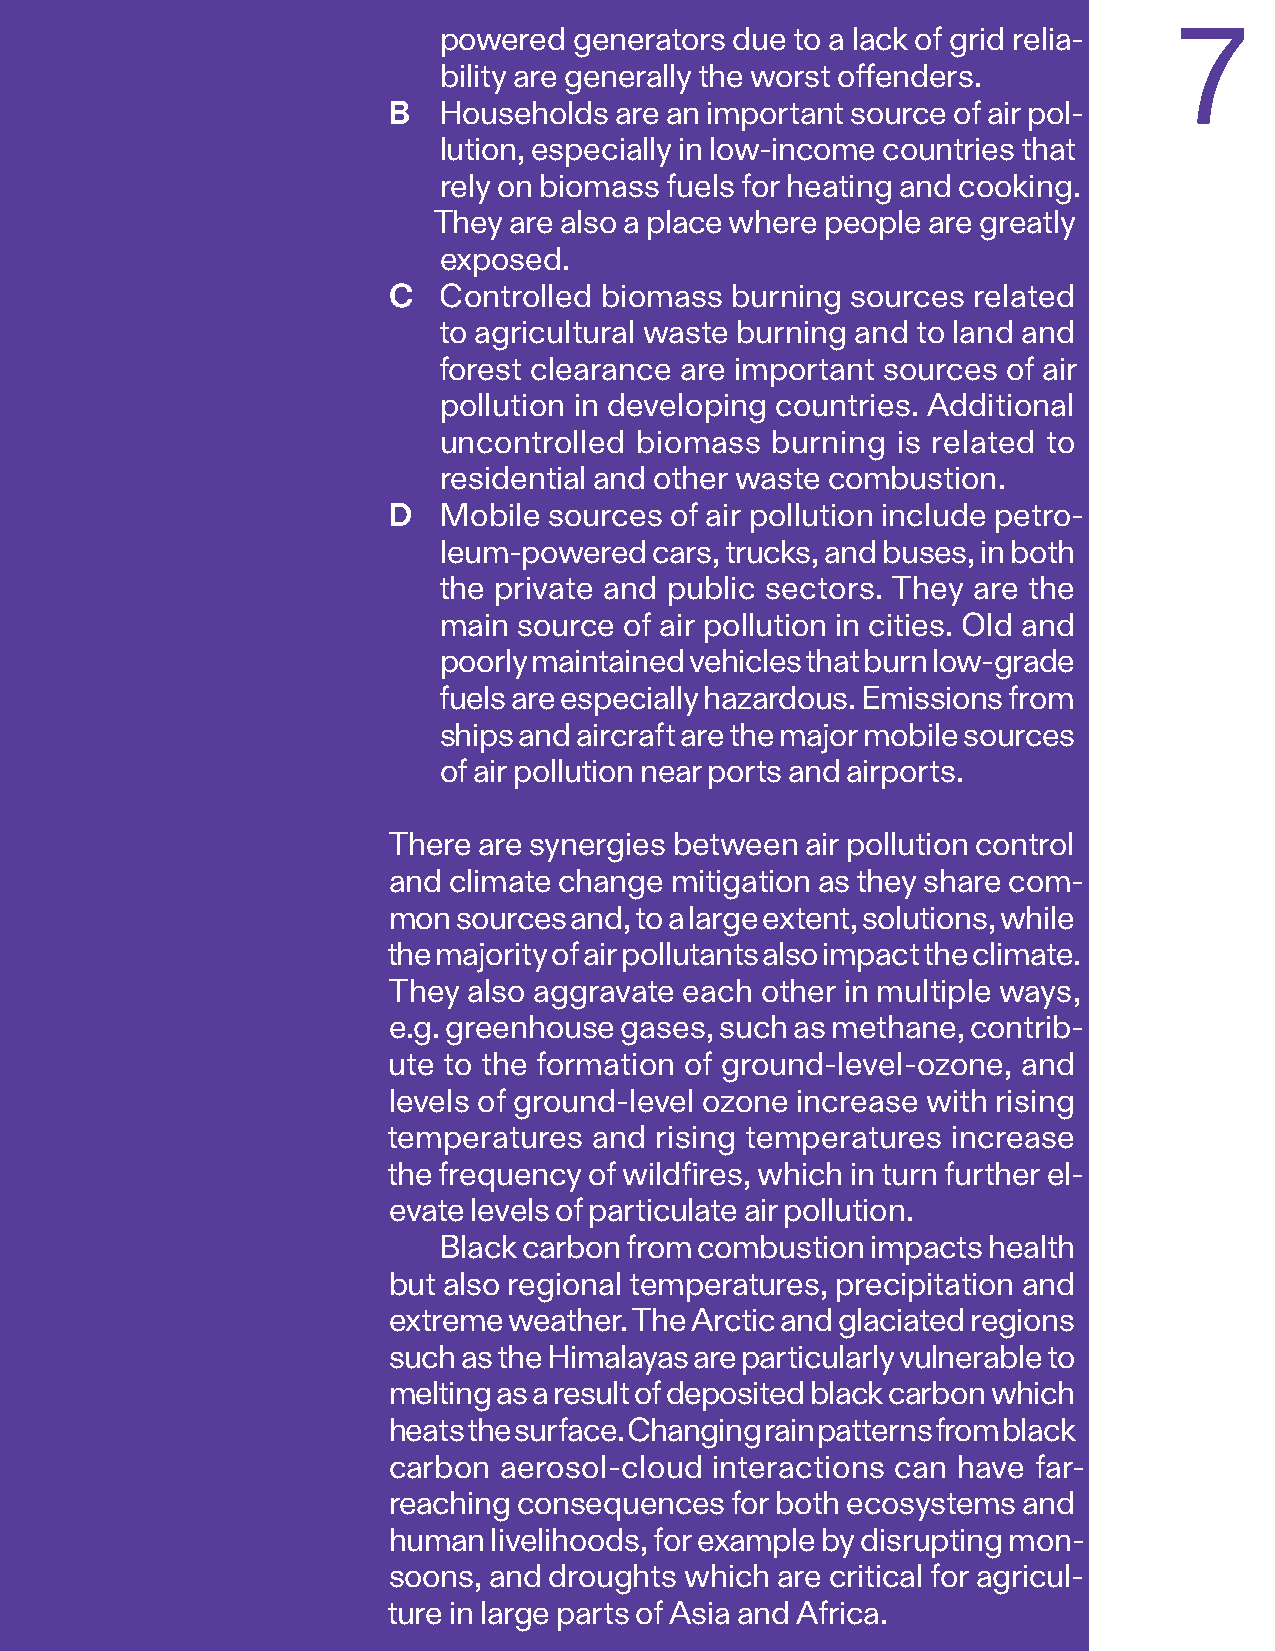
powered  generators due to a lack of grid relia-
 7
 bility are generally the worst offenders.
 B  Households  are an important source of air pol-
 lution, especially in low-income countries that
 rely on biomass fuels for heating and cooking.
 They are also a place where people are greatly
 exposed.
 C  Controlled biomass burning sources related
 to agricultural waste burning and to land and
 forest clearance are important sources of air
 pollution in developing countries. Additional
 uncontrolled biomass  burning is related to
 residential and other waste combustion.
 D  Mobile sources of air pollution include petro-
 leum-powered  cars, trucks, and buses, in both
 the private and public sectors. They are the
 main source of air pollution in cities. Old and
 poorly maintained vehicles that burn low-grade
 fuels are especially hazardous. Emissions from
 ships and aircraft are the major mobile sources
 of air pollution near ports and airports.
 There are synergies between air pollution control
 and climate change mitigation as they share com-
 mon sources and, to a large extent, solutions, while
 the majority of air pollutants also impact the climate.
 They also aggravate each other in multiple ways,
 e.g. greenhouse gases, such as methane, contrib-
 ute to the formation of ground-level-ozone, and
 levels of ground-level ozone increase with rising
 temperatures and rising temperatures increase
 the frequency of wildfires, which in turn further el-
 evate levels of particulate air pollution.
 Black carbon from combustion impacts health
 but also regional temperatures, precipitation and
 extreme weather. The Arctic and glaciated regions
 such as the Himalayas are particularly vulnerable to
 melting as a result of deposited black carbon which
 heats the surface. Changing rain patterns from black
 carbon aerosol-cloud interactions can have far-
 reaching consequences for both ecosystems and
 human livelihoods, for example by disrupting mon-
 soons, and droughts which are critical for agricul-
 ture in large parts of Asia and Africa.